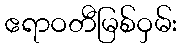
ဧရာဝတီမြစ်ဝှမ်း